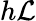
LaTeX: h\mathcal{L}